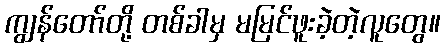
ကျွန်တော်တို့ တစ်ခါမှ မမြင်ဖူးခဲ့တဲ့လူတွေ။